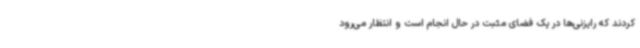
کردند که رایزنی‌ها در یک فضای مثبت در حال انجام است و انتظار می‌رود